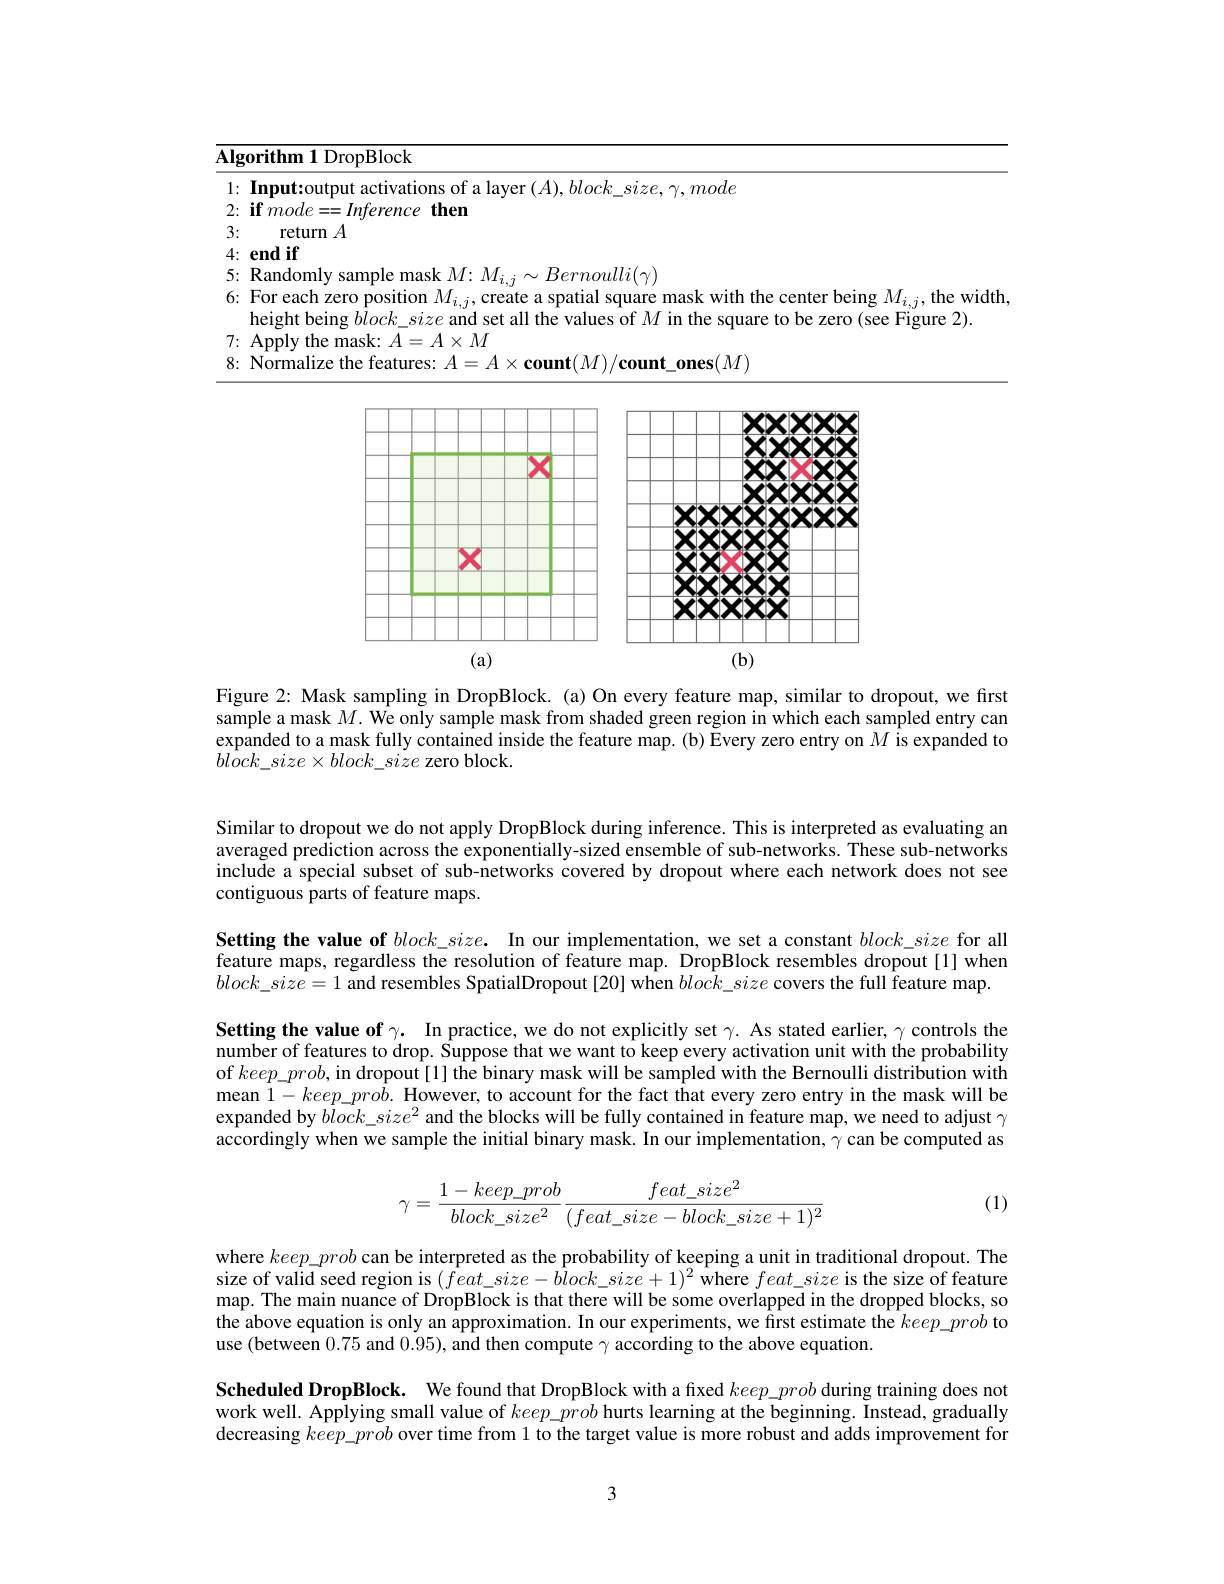
<table>
	<tbody>
		<tr>
			<th>$\overline{\mathbf{AI}}$</th>
			<th>rithm 1 DropBlock</th>
		</tr>
		<tr>
			<td>1</td>
			<td>$y_{\bullet}mode$</td>
		</tr>
		<tr>
			<td>2</td>
			<td>$1en$</td>
		</tr>
		<tr>
			<td>3</td>
			<td>return</td>
		</tr>
		<tr>
			<td>4 - - -</td>
			<td>$\mathbf{ndif}$</td>
		</tr>
		<tr>
			<td>5</td>
			<td>$sernoulli(\gamma)$</td>
		</tr>
		<tr>
			<td>6</td>
			<td> ior each zero position $M_{i, j}$,create a spatial square mask with the center being $M_i$, the width eight being $block\_size$ and set all the values of $M$ in the square to be zero (see Figure 2)</td>
		</tr>
		<tr>
			<td>7</td>
			<td>${\text{the mask: }A=A\times M}$</td>
		</tr>
		<tr>
			<td>8</td>
			<td>$\rho fhp$ $\mathbf{t} ( M) /$count ones$( M$</td>
		</tr>
	</tbody>
</table>

<FigureHere>

Figure 2: Mask sampling in DropBlock. (a) On every feature map, similar to dropout, we first sample a mask $M.\tilde{\text{ We only sample mask from shaded green region in which each sampled entry can}}$ expanded to a mask fully contained inside the feature map. (b) Every zero entry on $\hat{M\text{is expanded to}}$ $bliock\_size\times block\_size$ zero block.

Similar to dropout we do not apply DropBlock during inference. This is interpreted as evaluating an averaged prediction across the exponentially-sized ensemble of sub-networks. These sub-networks include a special subset of sub-networks covered by dropout where each network does not see contiguous parts of feature maps.

Setting the value of $block\_size.$ In our implementation, we set a constant $block\_size$ for all feature maps, regardless the resolution of feature map. DropBlock resembles dropout[1] when $block\_size=1$ and resembles SpatialDropout [20] when $block\_size$ covers the full feature map.

Setting the value of $\gamma .$ In practice, we do not explicitly set $\gamma.$ As stated earlier, $\gamma$ controls the number of features to drop. Suppose that we want to keep every activation unit with the probability of $keep\_prob$, in dropout[1] the binary mask will be sampled with the Bernoulli distribution with mean $1-keep\_pro\bar{b}.$ However, to account for the fact that every zero entry in the mask will be expanded by $block\_size^2$ and the blocks will be fully contained in feature map, we need to adjust $\gamma$ accordingly when we sample the initial binary mask. In our implementation, $\gamma$ can be computed as

(1)
$$\gamma=\frac{1-keep_prob}{block_size^2}\frac{feat_size^2}{(feat_size-block_size+1)^2}$$
where $keep\_prob$ can be interpreted as the probability of keeping a unit in traditional dropout. The size of valid seed region is $(\hat{f}eat\_size-b\hat{l}ock\_size+1)^{2}$ where $feat\_size$ is the size of feature map. The main nuance of DropBlock is that there will be some overlapped in the dropped blocks, so the above equation is only an approximation. In our experiments, we first estimate the $keep\_prob$ to use (between 0.75 and 0.95), and then compute $\gamma$ according to the above equation.
Scheduled DropBlock. We found that DropBlock with a fixed $keep\_prob$ during training does not work well. Applying small value of $keep\_prob$ hurts learning at the beginning. Instead, gradually decreasing $keep\_prob$ over time from 1 to the target value is more robust and adds improvement for

3